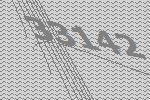
33142